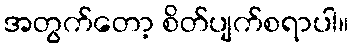
အတွက်တော့ စိတ်ပျက်စရာပါ။